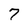
Character: 7